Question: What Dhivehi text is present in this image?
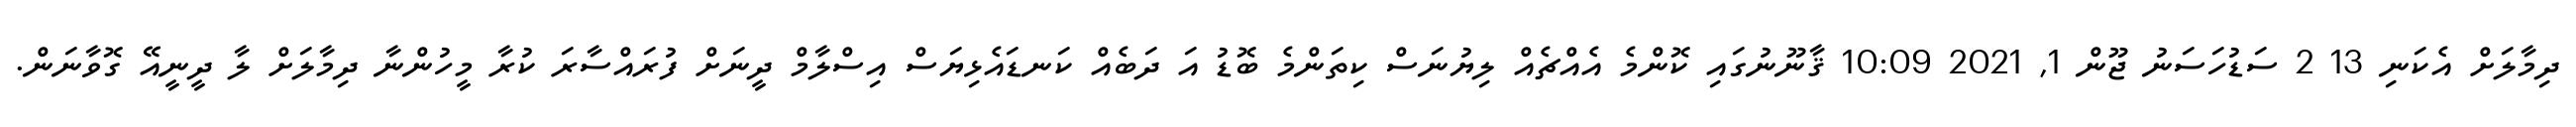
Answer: ދިމާލަށް އެކަނި 13 2 ސަޑުހަސަނު ޖޫން 1, 2021 10:09 ޤާނޫނުގައި ކޮންމެ އެއްޗެއް ލިޔުނަސް ކިތަންމެ ބޮޑު އަ ދަބެއް ކަނޑައެޅިޔަސް އިސްލާމް ދީނަށް ފުރައްސާރަ ކުރާ މީހުންނާ ދިމާލަށް ލާ ދީނީއޭ ގޮވާނަން.